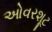
ઓવરશૂટ